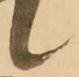
候